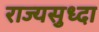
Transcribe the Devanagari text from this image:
राज्यसुध्दा